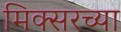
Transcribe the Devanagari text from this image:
मिक्सरच्या